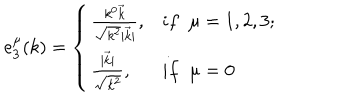
LaTeX: e _ { 3 } ^ { \mu } ( k ) = \left\{ \begin{array} { l l } { { \frac { k ^ { 0 } \vec { k } } { \sqrt { k ^ { 2 } } | \vec { k } | } , } } & { { i f \; \; \mu = 1 , 2 , 3 ; } } \\ { { \frac { | \vec { k } | } { \sqrt { k ^ { 2 } } } , } } & { { i f \; \; \mu = 0 } } \\ \end{array} \right.